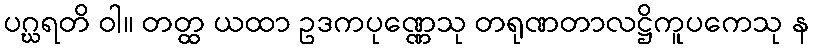
ပဂ္ဃရတိ ဝါ။ တတ္ထ ယထာ ဥဒကပုဏ္ဏေသု တရုဏတာလဋ္ဌိကူပကေသု န